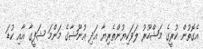
އެގޮތުން ކުރީގެ މަޝްހޫރު ލަވަކިޔުންތެރިޔާ އަދި އުނޫޝާގެ މަންމަ ޝަފީގާ އާއި ކުޑަ